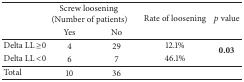
| <ROWSPAN=2>  | <COLSPAN=2> Screw loosening (Number of patients) | <ROWSPAN=2> Rate of loosening | <ROWSPAN=2> p value |
 | Yes | No |
 | --- | --- | --- | --- | --- |
 | Delta LL ≥0 | 4 | 29 | 12.1% | <ROWSPAN=2> 0.03 |
 | Delta LL <0 | 6 | 7 | 46.1% |
 | Total | 10 | 36 |  |  |